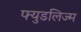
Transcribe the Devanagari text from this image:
फ्युडलिज्म